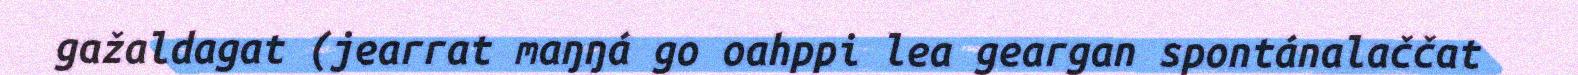
gažaldagat (jearrat maŋŋá go oahppi lea geargan spontánalaččat